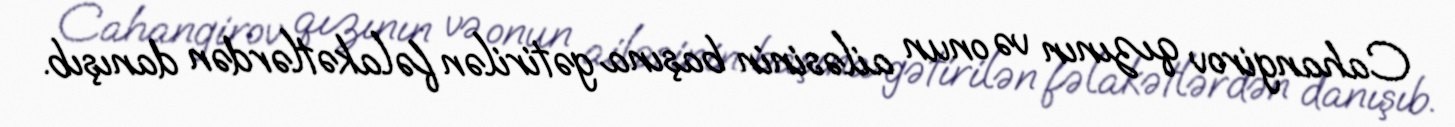
Cahangirov qızının və onun ailəsinin başına gətirilən fəlakətlərdən danışıb.